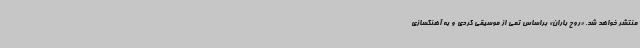
منتشر خواهد شد. «روح باران» براساس تمی از موسیقی کردی و به آهنگسازی